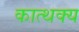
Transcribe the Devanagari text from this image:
कात्थक्य